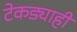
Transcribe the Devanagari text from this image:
टेकड्याही